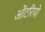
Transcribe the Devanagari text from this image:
ओंटरियो